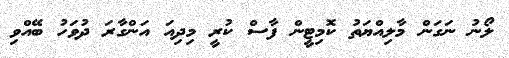
ލޯނު ނަގަން މާލިއްޔަތު ކޮމިޓީން ފާސް ކުރީ މިދިއަ އަންގާރަ ދުވަހު ބޭއްވި